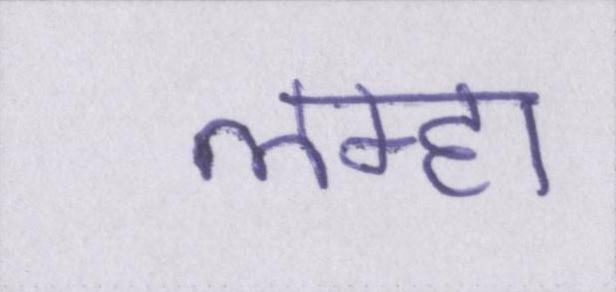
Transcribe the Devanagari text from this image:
लम्हा